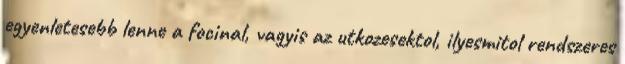
egyenletesebb lenne a focinal, vagyis az utkozesektol, ilyesmitol rendszeres